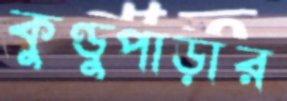
কুণ্ডুপাড়ার